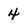
Character: 4